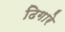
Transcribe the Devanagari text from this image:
ढिगारे